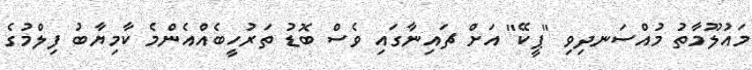
މައުލޫމާތު މުއްސަނދިވި "ޕީކޭ" އަށް ޗައިނާގައި ވެސް ބޮޑު ތަރުހީބެއްއެންމެ ކާމިޔާބު ފިލްމުގެ